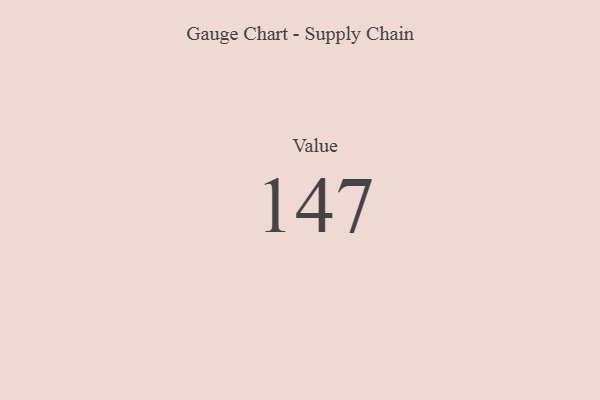
{"axis": {"x": "Metric", "y": "Value"}, "legend": [""], "data": [{"x": "Value", "y": 147, "type": ""}]}